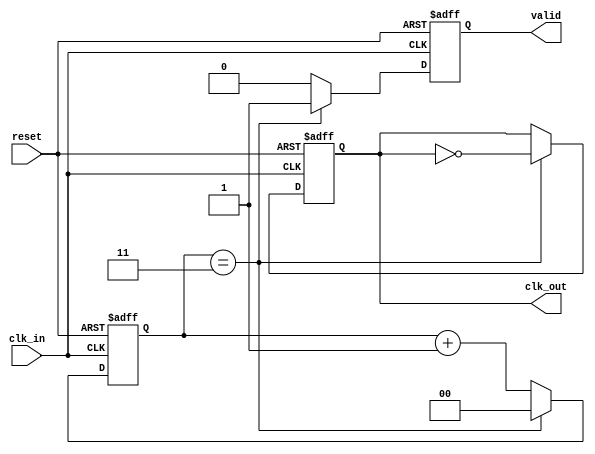
module clock_divider_buffer #(
    parameter DIV_FACTOR = 4  // Default division factor
)(
    input wire clk_in,         // Input clock signal
    input wire reset,          // Asynchronous reset signal
    output reg clk_out,        // Output clock signal
    output reg valid           // Output valid signal
);

    reg [$clog2(DIV_FACTOR)-1:0] counter; // Counter to track clock cycles

    always @(posedge clk_in or posedge reset) begin
        if (reset) begin
            counter <= 0;   // Reset counter
            clk_out <= 0;   // Reset output clock
            valid <= 0;     // Reset valid signal
        end else begin
            if (counter == (DIV_FACTOR - 1)) begin
                clk_out <= ~clk_out; // Toggle output clock
                valid <= 1;          // Indicate output clock is valid
                counter <= 0;        // Reset counter
            end else begin
                counter <= counter + 1; // Increment counter
                valid <= 0;              // Output clock not valid until toggle
            end
        end
    end

endmodule